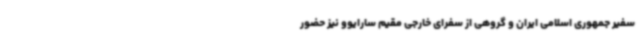
سفیر جمهوری اسلامی ایران و گروهی از سفرای خارجی مقیم سارایوو نیز حضور